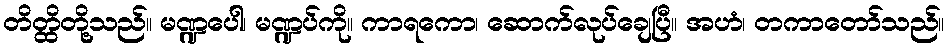
တိတ္ထိတို့သည်။ မဏ္ဍပေါ၊ မဏ္ဍပ်ကို။ ကာရကော၊ ဆောက်လုပ်ချေပြီ။ အဟံ၊ တကာတော်သည်။